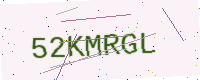
Text: 52KMRGL